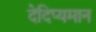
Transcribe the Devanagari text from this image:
देदिप्यमान